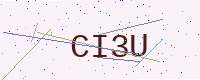
Text: CI3U